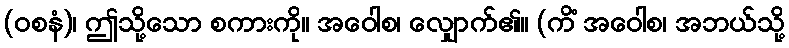
(ဝစနံ)၊ ဤသို့သော စကားကို။ အဝေါစ၊ လျှောက်၏။ (ကိံ အဝေါစ၊ အဘယ်သို့